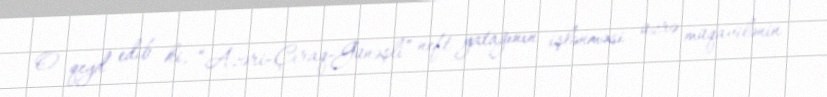
O qeyd edib ki, “Azəri-Çıraq-Günəşli” neft yatağının işlənməsi üzrə müqavilənin